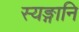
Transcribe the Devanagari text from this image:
स्यङ्गानि